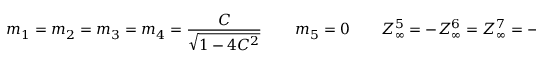
m _ { 1 } = m _ { 2 } = m _ { 3 } = m _ { 4 } = { \frac { C } { \sqrt { 1 - 4 C ^ { 2 } } } } \, \qquad m _ { 5 } = 0 \qquad Z _ { \infty } ^ { 5 } = - Z _ { \infty } ^ { 6 } = Z _ { \infty } ^ { 7 } = - Z _ { \infty } ^ { 8 } = C \ ,